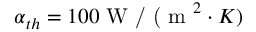
\alpha _ { t h } = 1 0 0 \textrm { W / ( m } ^ { 2 } \cdot K )